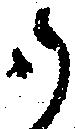
御